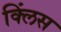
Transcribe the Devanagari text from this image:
क्लिंस